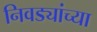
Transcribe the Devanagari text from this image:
निवड्यांच्या